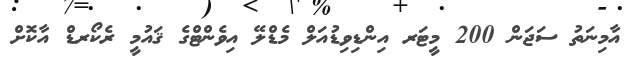
އާމިނަތު ސަޖަން 200 މީޓަރ އިންޑިވިޑުއަލް މެޑްލޭ އިވެންޓްގެ ޤައުމީ ރެކޯރޑް އާކޮށް